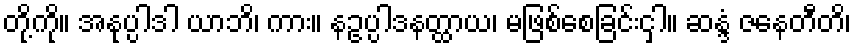
တို့ကို။ အနုပ္ပါဒါ ယာဘိ၊ ကား။ နဥပ္ပါဒနတ္ထာယ၊ မဖြစ်စေခြင်းငှါ။ ဆန္ဒံ ဇနေတီတိ၊